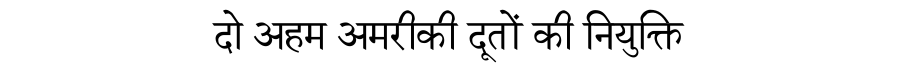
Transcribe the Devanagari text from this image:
दो अहम अमरीकी दूतों की नियुक्ति